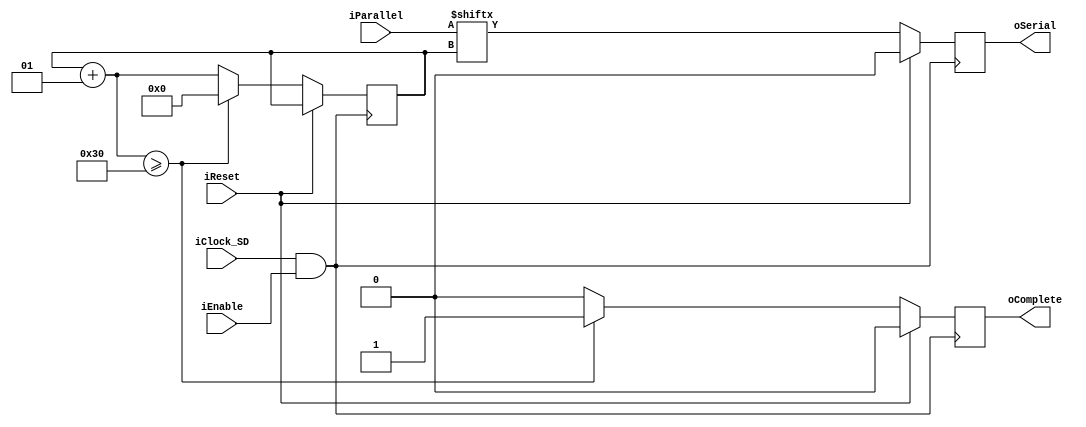
`timescale 1ns / 1ps

module parallel_serial
(
  input wire iEnable,
  input wire iReset,
  input wire iClock_SD,
  input wire [47:0] iParallel,
  output wire oSerial,
  output wire oComplete
);

reg rC;  //Para guardar resultados Seriales
reg rD;  //Para guardar oComplete

  integer j=0;
  always @ (posedge iClock_SD && iEnable) begin
    if (~iReset) begin
        rC <= iParallel[j];
        j = j + 1;
        if (j>=48) begin
            rD <= 1;
            j <= 0;
        end
        else begin
            rD <= 0;
        end
    end
    else begin
      rC <= 0;
      rD <= 0;
    end
end
  assign oSerial = rC;
  assign oComplete = rD;

endmodule // parallel_serial


//****************************************************************

module serial_parallel
(
  input wire iEnable,
  input wire iSerial,
  input wire iReset,
  input wire iClock_SD,
  output wire [47:0] oParallel,
  output wire oComplete
);

reg [47:0] rA;  //Para guardar resultados en paralelo
reg rB;         //Para guardar oComplete

  integer i = 0;
  always @ (posedge iClock_SD && iEnable) begin
    if (~iReset) begin
          rA[i] <= iSerial;
          i = i + 1;
          if (i>=48) begin
              rB <= 1;
              i <= 0;
          end
          else begin
              rB <= 0;
          end
    end
    else begin
      rA <= 0;
    end
  end

  assign oParallel = rA;
  assign oComplete = rB;

endmodule // serial_parallel